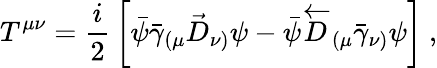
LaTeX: T^{\mu\nu}={\frac{i}{2}}\left[\bar{\psi}\bar{\gamma}_{(\mu}\stackrel{\rightarrow}{D}_{\nu)}\psi-\bar{\psi}\stackrel{\leftarrow}{D}_{(\mu}\bar{\gamma}_{\nu)}\psi\right]~,